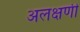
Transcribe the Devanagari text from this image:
अलक्षणी